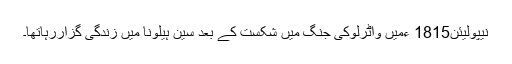
نیپولیئن1815 ءمیں واٹرلوکی جنگ میں شکست کے بعد سین ہیلونا میں زندگی گزاررہاتھا۔